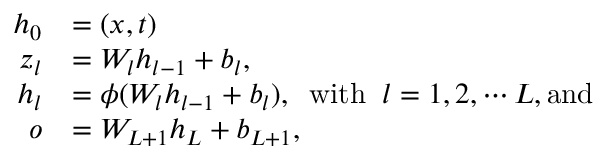
\begin{array} { r l } { \boldsymbol { h } _ { 0 } } & { = ( \boldsymbol { x } , t ) } \\ { \boldsymbol { z } _ { l } } & { = W _ { l } \boldsymbol { h } _ { l - 1 } + b _ { l } , } \\ { \boldsymbol { h } _ { l } } & { = \phi ( W _ { l } \boldsymbol { h } _ { l - 1 } + b _ { l } ) , \; \; \mathrm { w i t h } \; \; l = 1 , 2 , \cdots L , \mathrm { a n d } } \\ { \boldsymbol { o } } & { = W _ { L + 1 } \boldsymbol { h } _ { L } + b _ { L + 1 } , } \end{array}